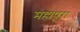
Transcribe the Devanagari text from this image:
महापूरा